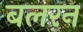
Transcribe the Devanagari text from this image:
बलरन